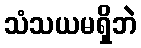
သံသယမရှိဘဲ